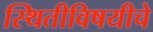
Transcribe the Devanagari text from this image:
स्थितीविषयीचे